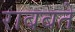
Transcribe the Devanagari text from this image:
राबबते